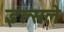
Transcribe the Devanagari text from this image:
इल्सले